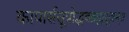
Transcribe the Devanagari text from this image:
कापार्ससूत्रोद्भवब्रह्मसूत्रम्॥